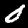
Digit: 0